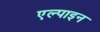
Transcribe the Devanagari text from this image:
एल्‍पाइन